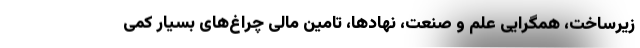
زیرساخت، همگرایی علم و صنعت، نهادها، تامین مالی چراغ­های بسیار کمی